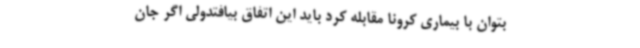
بتوان با بیماری کرونا مقابله کرد باید این اتفاق بیافتدولی اگر جان